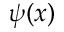
\psi ( x )